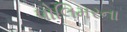
પોલિમરના